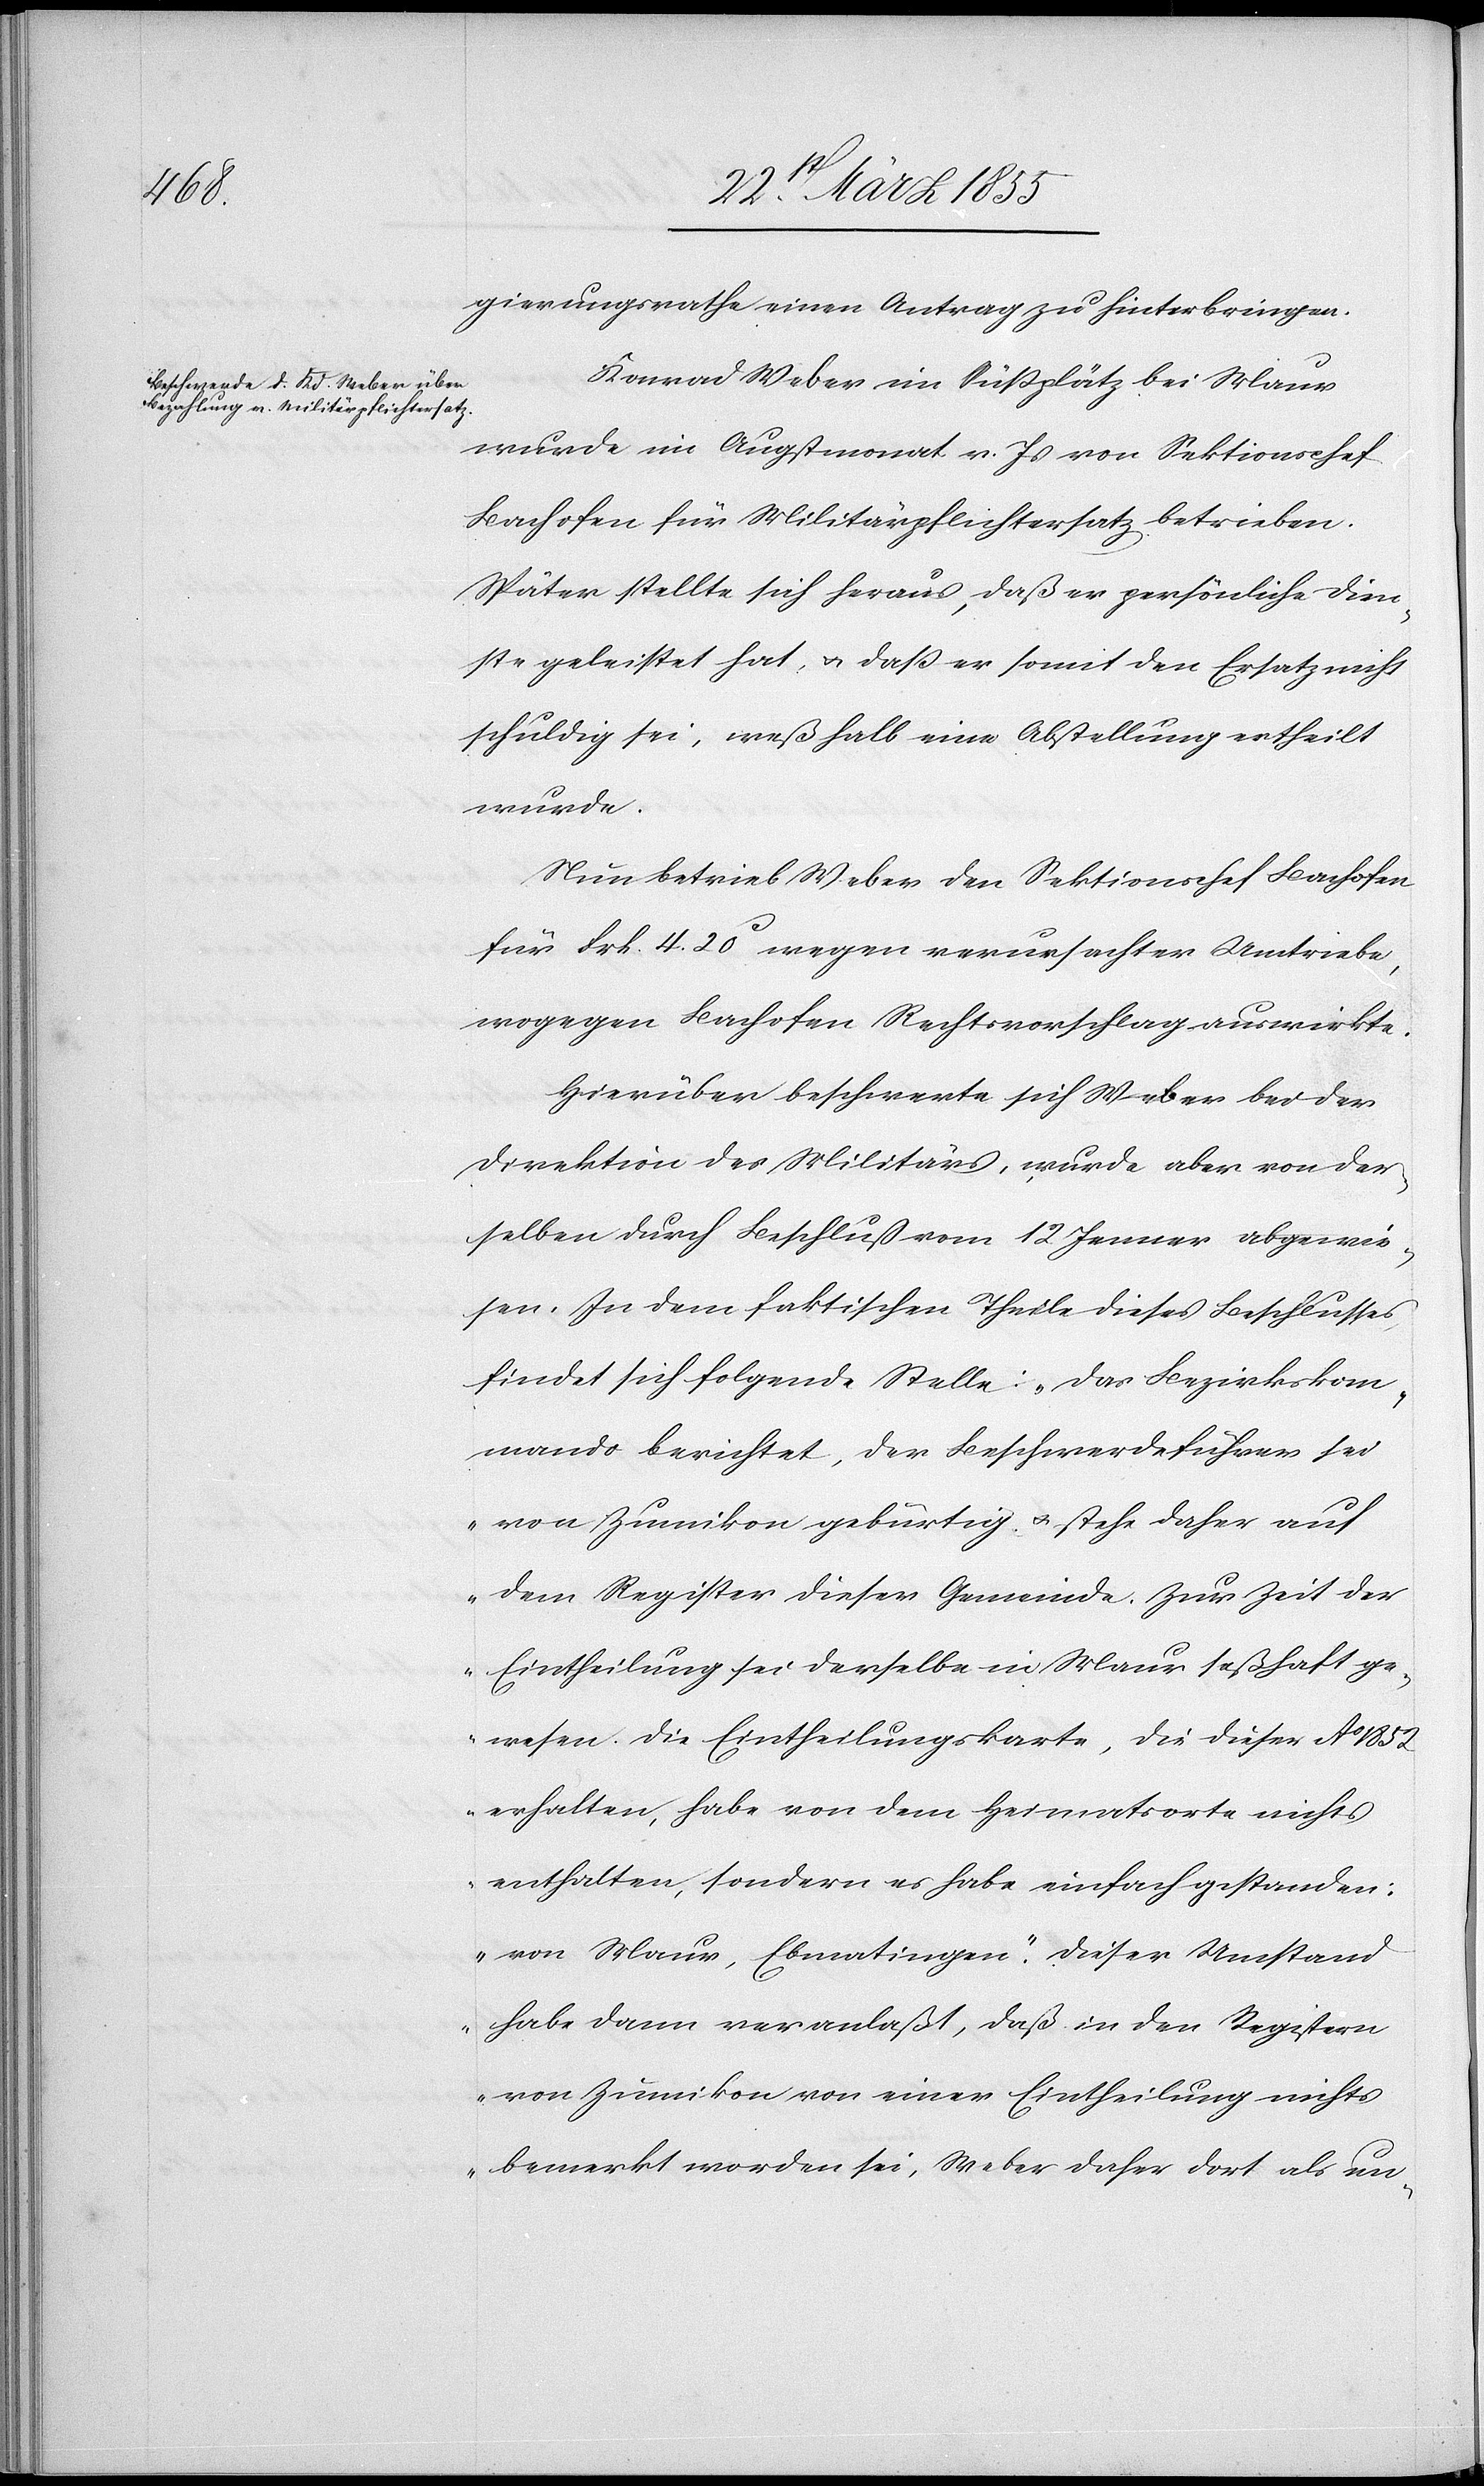
gierungsrathe einen Antrag zu hinterbringen.
Konrad Weber im Süßplätz bei Maur
wurde im Augstmonat v. Js von Sektionschef
Bachofen für Militärpflichtersatz betrieben.
Später stellte sich heraus, daß er persönlich Dien¬
ste geleistet hat, & daß er somit den Ersatz nicht
schuldig sei, weßhalb eine Abstellung ertheilt
wurde.
Nun betrieb Weber den Sektionschef Bachofen
für Frk. 4. 20c wegen verursachter Umtriebe,
wogegen Bachofen Rechtsvorschlag auswirkte.
Hierüber beschwerte sich Weber bei der
Direktion des Militärs, wurde aber von der¬
selben durch Beschluß vom 12 Jenner abgewie¬
sen. In dem faktischen Theile dieses Beschlusses
findet sich folgende Stelle: „Das Bezirkskom¬
mando berichtet, der Beschwerdeführer sei
von Zumikon gebürtig & stehe daher auf
dem Register dieser Gemeinde. Zur Zeit der
Eintheilung sei derselbe in Maur seßhaft ge¬
wesen. Die Eintheilungskarte, die dieser Ao 1852
erhalten, habe von dem Heimatsorte nichts
enthalten, sondern es habe einfach gestanden:
von Maur, Ebmatingen? Dieser Umstand
habe dann veranlaßt, daß in den Registern
von Zumikon von einer Eintheilung nichts
bemerkt worden sei, Weber daher dort als un-